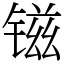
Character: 镃